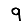
Digit: 9